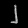
Digit: ၂